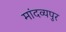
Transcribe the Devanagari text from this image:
मांदव्यपुर